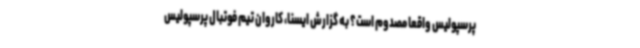
پرسپولیس واقعا مصدوم است؟ به گزارش ایسنا، کاروان تیم فوتبال پرسپولیس